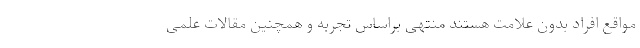
مواقع افراد بدون علامت هستند منتهی براساس تجربه و همچنین مقالات علمی